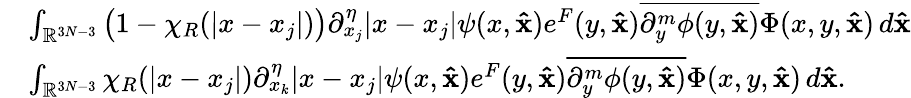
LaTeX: \begin{array}{rl}&{\int_{\mathbb{R}^{3N-3}}\big(1-\chi_{R}(|x-x_{j}|)\big)\partial_{x_{j}}^{\eta}|x-x_{j}|\psi(x,\mathbf{\hat{x}})e^{F}(y,\mathbf{\hat{x}})\overline{{\partial_{y}^{m}\phi(y,\mathbf{\hat{x}})}}\Phi(x,y,\mathbf{\hat{x}})\, d\mathbf{\hat{x}}}\\ &{\int_{\mathbb{R}^{3N-3}}\chi_{R}(|x-x_{j}|)\partial_{x_{k}}^{\eta}|x-x_{j}|\psi(x,\mathbf{\hat{x}})e^{F}(y,\mathbf{\hat{x}})\overline{{\partial_{y}^{m}\phi(y,\mathbf{\hat{x}})}}\Phi(x,y,\mathbf{\hat{x}})\, d\mathbf{\hat{x}}.}\end{array}